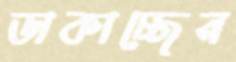
ডাকাচ্ছেন